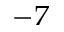
^ { - 7 }